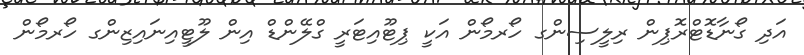
އަދި ގޯނާޑޮޓްރޮޕިން ރިލީސިންގ ހޯރމޯން އަކީ ޕިޓޫއިޓަރީ ގްލޭންޑް އިން ލޫޓީއިނައިޒިންގ ހޯރމޯން